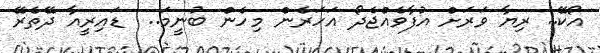
އޯކޭ.. ރިޔާ ވަރަށް އުފާވެއްޖެދޯ އަހަރެން މިހެން ބުނީމަ..  ޑައިރީއާ ދޭތެރޭ